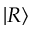
\vert R \rangle